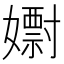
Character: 𡣋